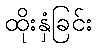
ထိုးနှံခြင်း